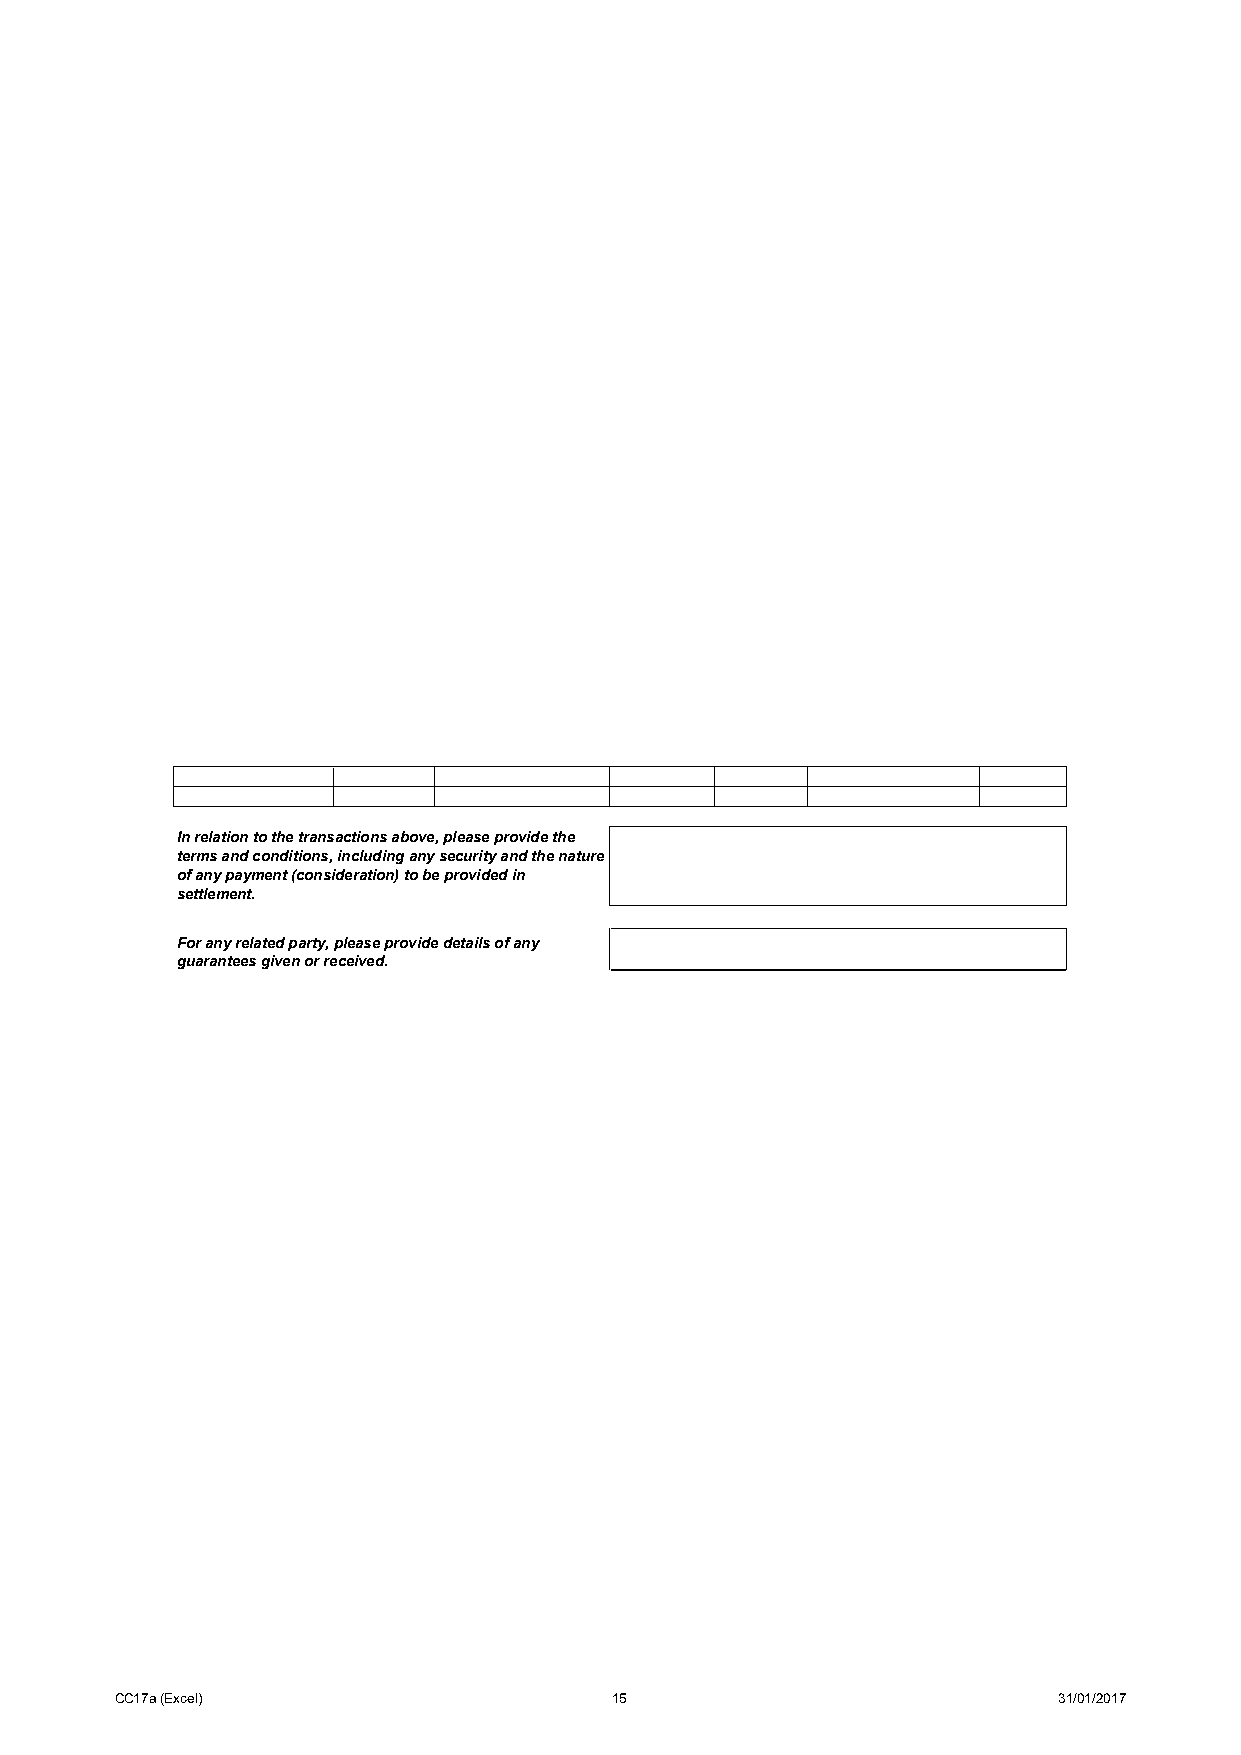
In relation to the transactions above, please provide the
 terms and conditions, including any security and the nature
 of any payment (consideration) to be provided in
 settlement.
 For any related party, please provide details of any
 guarantees given or received.
 CC17a (Excel)                    15                           31/01/2017